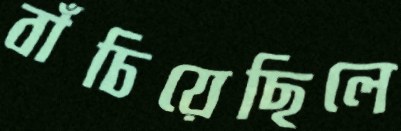
বাঁচিয়েছিলে